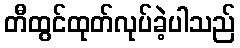
တီထွင်ထုတ်လုပ်ခဲ့ပါသည်